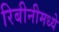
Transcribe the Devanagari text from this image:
रिबीनीमध्ये